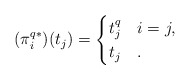
\begin{align*} (\pi_i^{q*})(t_j) = \begin{cases}t_j^{q}& i=j,\\ t_j &.\end{cases}\end{align*}